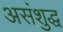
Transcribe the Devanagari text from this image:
असंशुद्ध